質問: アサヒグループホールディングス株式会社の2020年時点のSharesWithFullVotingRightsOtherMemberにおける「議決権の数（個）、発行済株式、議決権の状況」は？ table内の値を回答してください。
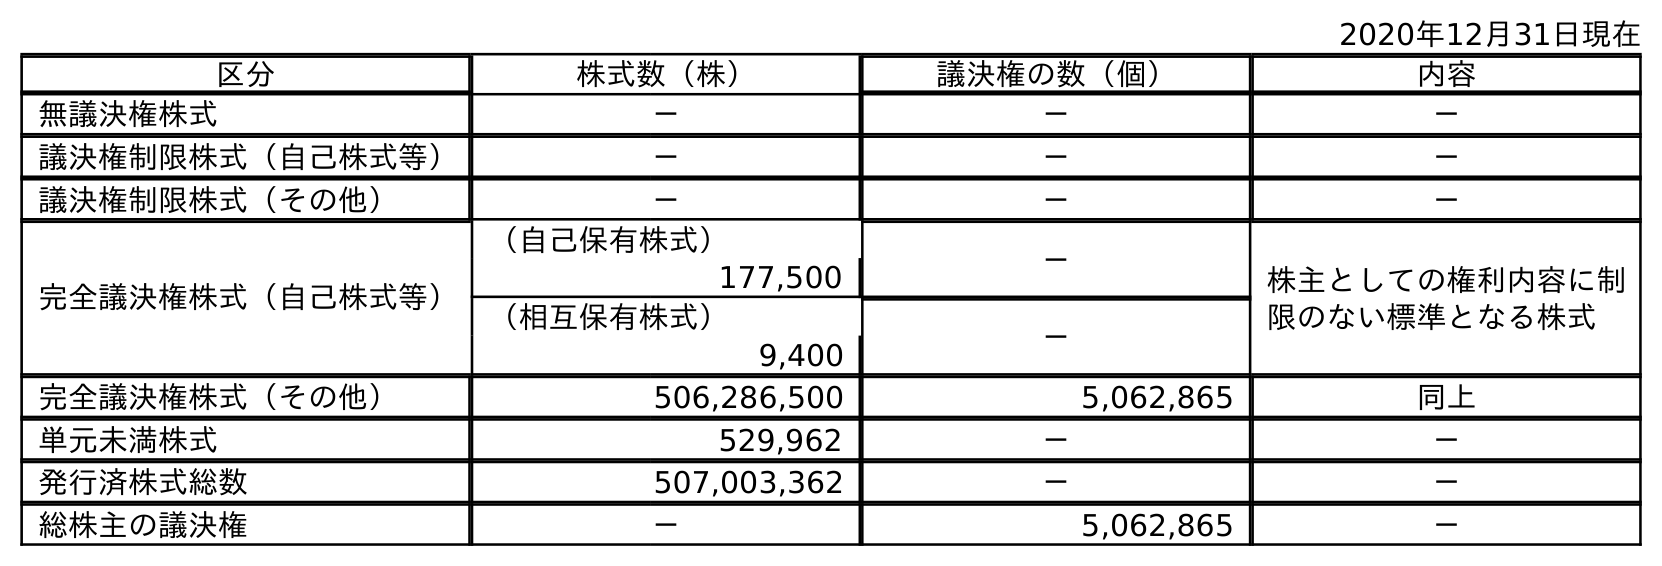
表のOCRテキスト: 2020年12月31日現在 区分 株式数（株） 議決権の数（個） 内容 無議決権株式 － － － 議決権制限株式（自己株式等） － － － 議決権制限株式（その他） － － － 完全議決権株式（自己株式等） （自己保有株式） － 株主としての権利内容に制 限のない標準となる株式 177,500 （相互保有株式） － 9,400 完全議決権株式（その他） 506,286,500 5,062,865 同上 単元未満株式 529,962 － － 発行済株式総数 507,003,362 － － 総株主の議決権 － 5,062,865 －
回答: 5,062,865